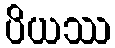
ပိယဿ